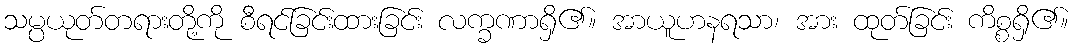
သမ္ပယုတ်တရားတို့ကို စီရင်ခြင်းထားခြင်း လက္ခဏာရှိ၏။ အာယူဟနရသာ၊ အား ထုတ်ခြင်း ကိစ္စရှိ၏။